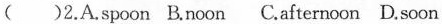
()2.A.spoon B.noon C.afternoon D.soon